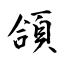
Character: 頜